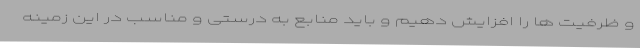
و ظرفیت ها را افزایش دهیم و باید منابع به درستی و مناسب در این زمینه